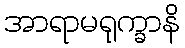
အာရာမရုက္ခာနိ